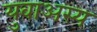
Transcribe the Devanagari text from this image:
युवाअस्य